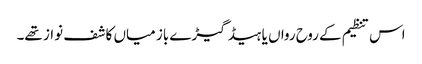
اس تنظیم کے روح رواں یا ہیڈ گیڑے باز میاں کاشف نواز تھے۔